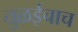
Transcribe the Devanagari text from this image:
तुळईचाच